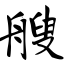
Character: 艘